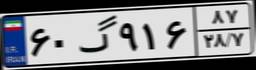
۶۰گ۹۱۶۸۷